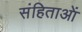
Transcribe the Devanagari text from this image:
संहिताआें